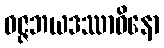
ဝဇ္ဇဘယဒဿာဝိနော